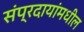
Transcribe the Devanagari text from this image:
संप्रदायांमधील